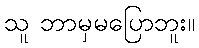
သူ ဘာမှမပြောဘူး။